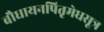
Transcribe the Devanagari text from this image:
बौधायनपितृमेधसूत्र